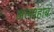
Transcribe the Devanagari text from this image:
अलश्हाब